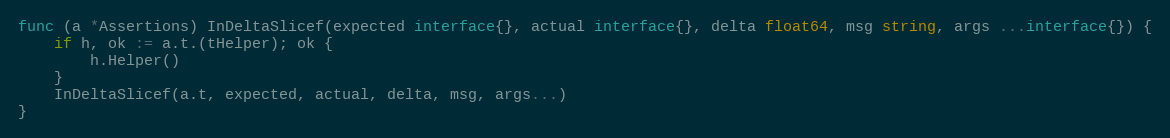
Language: Go
func (a *Assertions) InDeltaSlicef(expected interface{}, actual interface{}, delta float64, msg string, args ...interface{}) {
	if h, ok := a.t.(tHelper); ok {
		h.Helper()
	}
	InDeltaSlicef(a.t, expected, actual, delta, msg, args...)
}